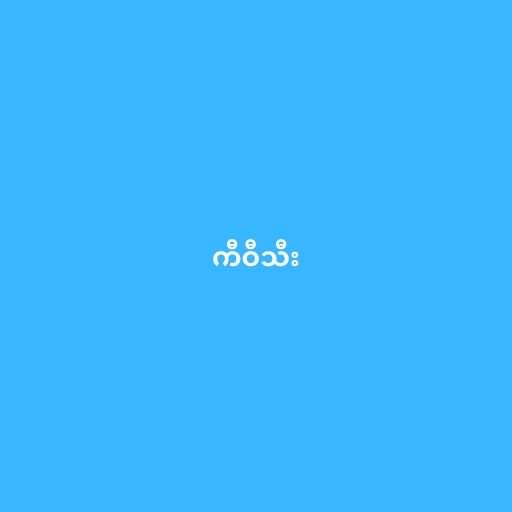
ကီဝီသီး